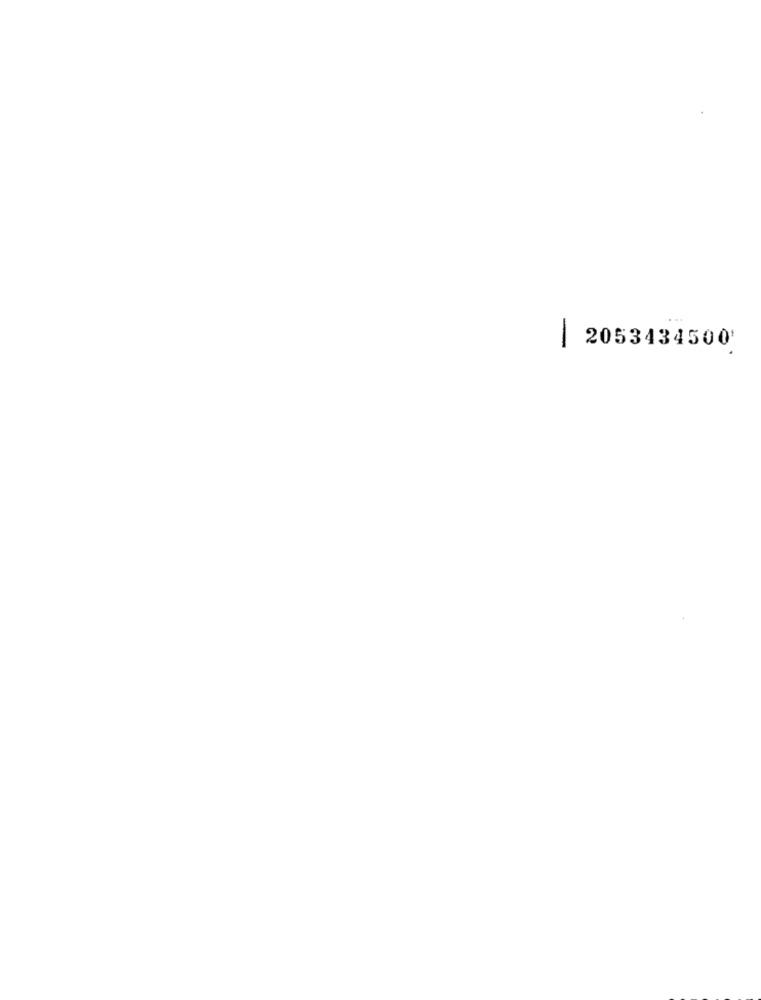
-
2053434500'